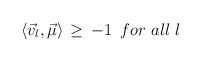
\begin{align*}\langle {\vec v}_l, {\vec \mu} \rangle \, \geq \,-1 \,\,\, for \,\,all\,\,l\end{align*}